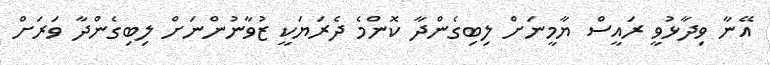
އޭނާ ވިދާޅުވީ ރައީސް ޔާމީނަށް ލިބިގެންދާ ކޮންމެ ދެރަޔަކީ ޒުވާނުންނަށް ލިބިގެންދާ ވަރަށް